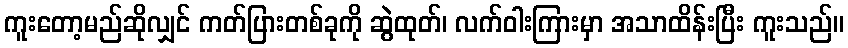
ကူးတော့မည်ဆိုလျှင် ကတ်ပြားတစ်ခုကို ဆွဲထုတ်၊ လက်ဝါးကြားမှာ အသာထိန်းပြီး ကူးသည်။